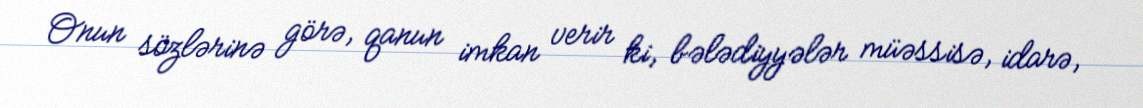
Onun sözlərinə görə, qanun imkan verir ki, bələdiyyələr müəssisə, idarə,